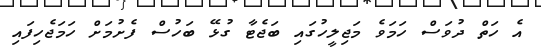
އެ ހަތް ދުވަސް ހަމަވެ މަޖިލީހުގައި ބަޖެޓާ ގުޅޭ ބަހުސް ފެށުމަށް ހަމަޖެހިފައި